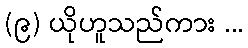
(၉) ယိုဟူသည်ကား ...